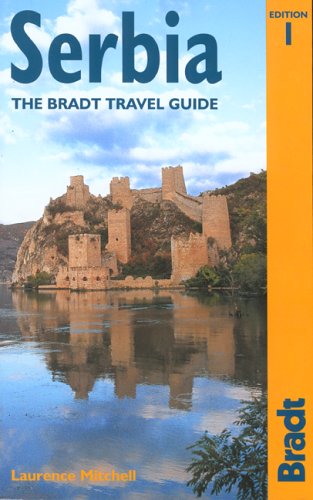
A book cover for Serbia: The Bradt Travel Guide; Laurence Mitchell; Travel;